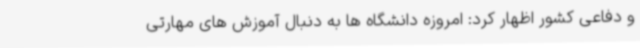
و دفاعی کشور اظهار کرد: امروزه دانشگاه ها به دنبال آموزش های مهارتی